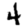
Digit: 4